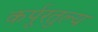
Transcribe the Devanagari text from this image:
कर्पूरतुल्य